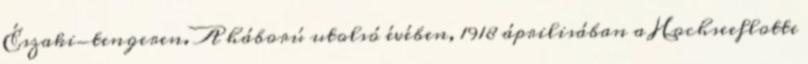
Északi-tengeren. A háború utolsó évében, 1918 áprilisában a Hochseeflotte